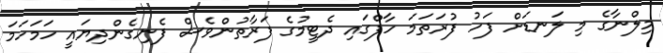
މިލްނާގެ މި ލަނޑަށް ފަހު ފުރަތަމަ ހާފްގައި ދެޓީމުގެ ފަރާތުންވެސް ފެނިގެންދިޔައީ ހަމަހަމަ